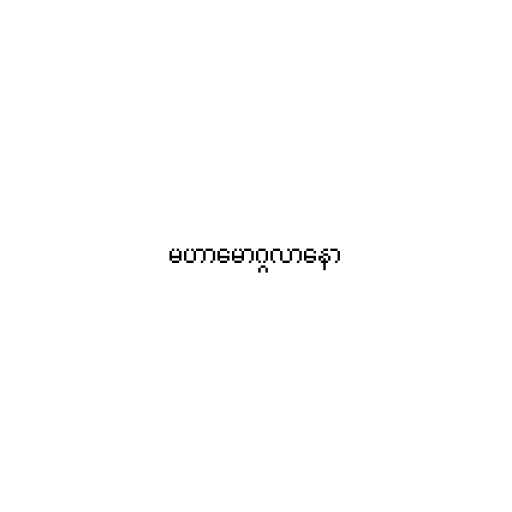
မဟာမောဂ္ဂလာနော